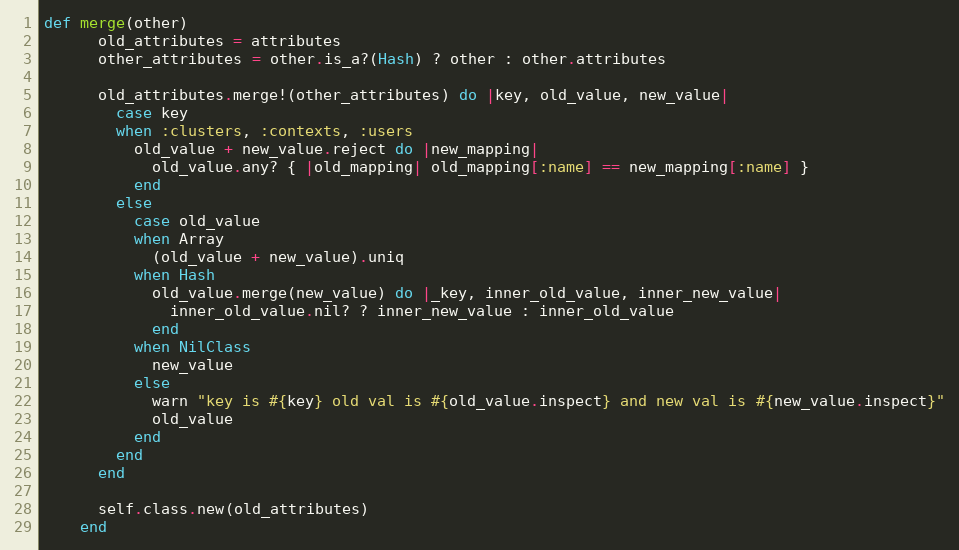
Language: Ruby
def merge(other)
      old_attributes = attributes
      other_attributes = other.is_a?(Hash) ? other : other.attributes

      old_attributes.merge!(other_attributes) do |key, old_value, new_value|
        case key
        when :clusters, :contexts, :users
          old_value + new_value.reject do |new_mapping|
            old_value.any? { |old_mapping| old_mapping[:name] == new_mapping[:name] }
          end
        else
          case old_value
          when Array
            (old_value + new_value).uniq
          when Hash
            old_value.merge(new_value) do |_key, inner_old_value, inner_new_value|
              inner_old_value.nil? ? inner_new_value : inner_old_value
            end
          when NilClass
            new_value
          else
            warn "key is #{key} old val is #{old_value.inspect} and new val is #{new_value.inspect}"
            old_value
          end
        end
      end

      self.class.new(old_attributes)
    end